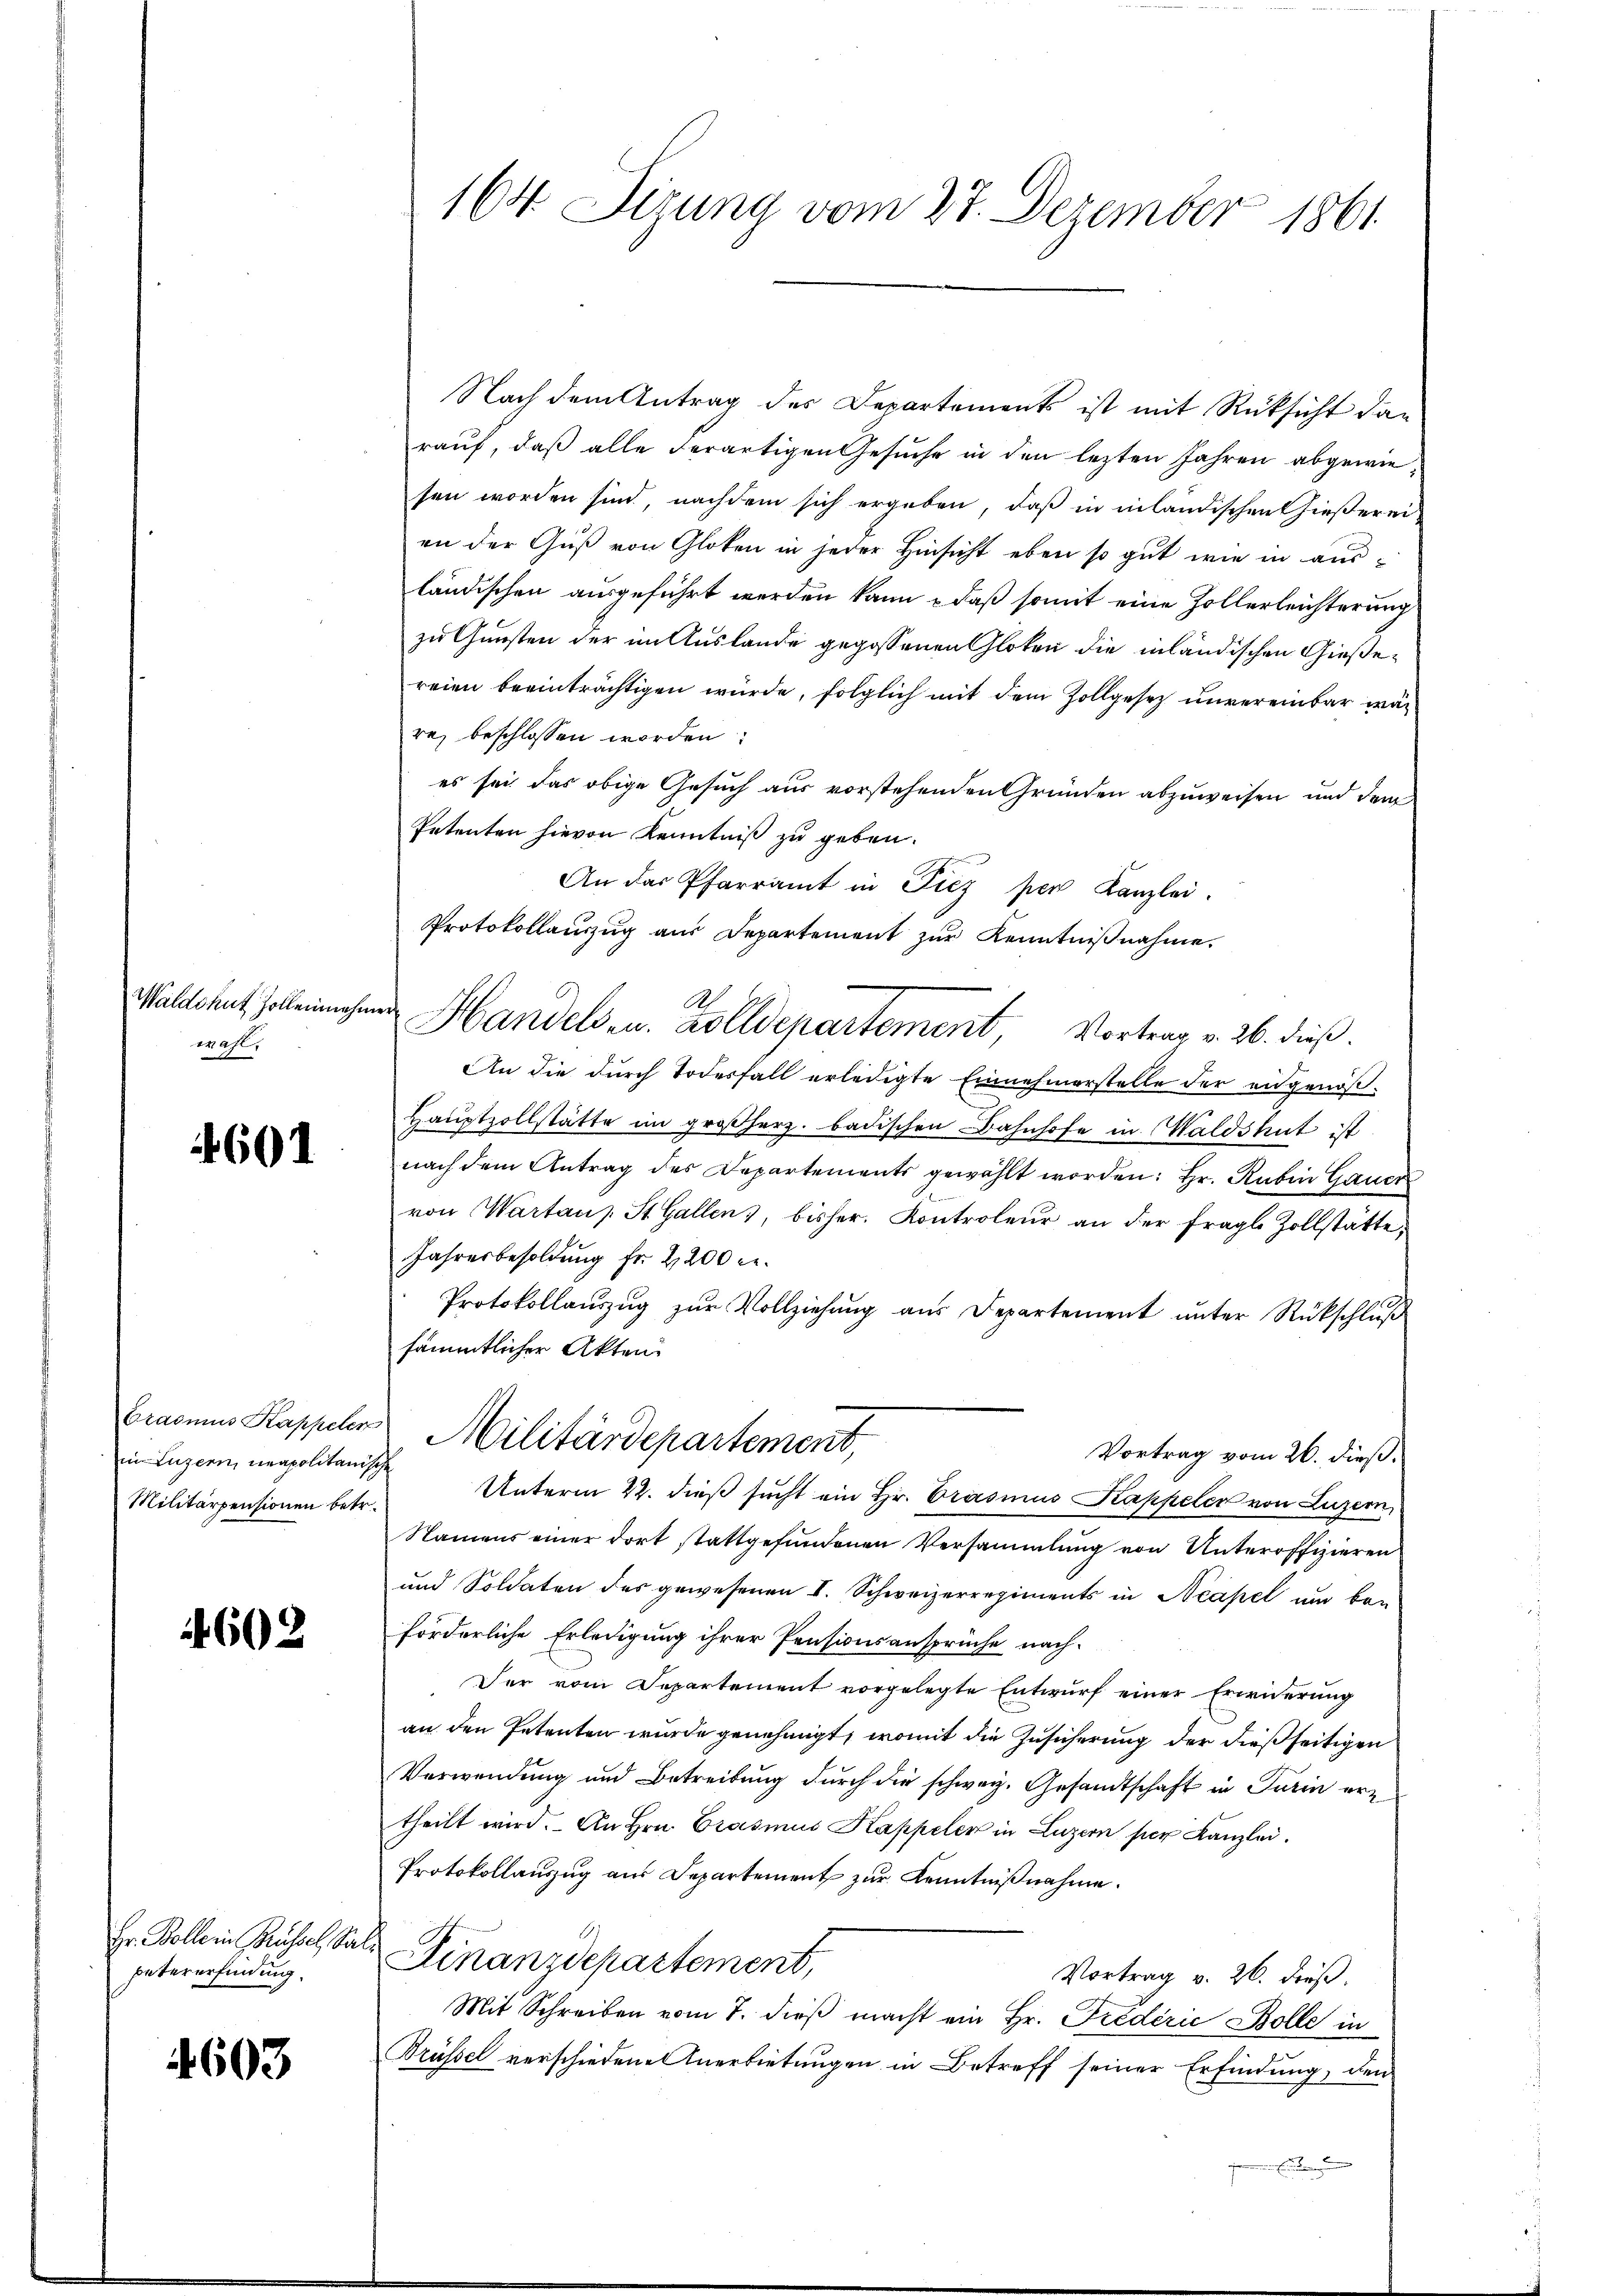
wahl

4601

in Luzern, neapolitanische
Militärpensionen betr.

602

Hr. Bolle in Brüssel Ser
petererfindung.

4603

164. Dirung vom 27. Dezember 1861

Nach dem Antrag des Departements ist mit Rüksicht dan
rauf, daß alle Ferartigen Gesuche in den lezten Jahren abgewiesen worden sind, nachdem sich ergeben, daß in inländischen hießerei-
an der Guß von Gloten in jeder Hinsicht eben so gut wie in ausländischen ausgeführt werden kann, daß somit eine Zollerleichterung
zu Gunsten der im Auslande gegossenen Gloten die inländischen Gießereien beeinträchtigen würde, folglich mit dem Zollgesetz unvereinbar wär
rez beschlossen worden:
es sei das obige Gesuch aus vorstehenden Gründen abzuweisen und dem
Petenten hievon Kenntniß zu geben.
An das Pfarramt in Diez per Kanzlei.
Protokollaŭszŭg aŭs Departement zŭr Kenntniβnahme.
A.
Wälddent Zollenmehrer Handelsen. Zolldepartement, Vortrag v. 26. dieß.
An die durch Todesfall erledigte Einnahmerstelle der angenöß¬
Haŭptzollstätte im großherz. badischen Bahnhofe in Waldshut ist
nach dem Antrag des Departements gewählt worden: Hr. Rubin Gauer
von Wartaus St. Gallen, bisher. Kontroleur an der fragl. Zollstätte,
Jahresbesoldung fr. 2200 c.
Protokollauszug zur Vollziehung aus Departement unter Rückschluß
sämmtlicher Akten.
bradens Kappeler Militärdepartement,
Vortrag vom 26. dieß.
Unterm 22. dieß sucht ein Hr. Grasmus Kappeler von Luzern,
Namens einer dort stattgefundenen Versammlung von Unteroffizieren
und Soldaten des gewesenen S. Schweizerregiments in Neapel um ber
forderliche Erledigung ihrer Pensionsansprüche nach-
Der vom Departement vorgelegte Entwurf einer Erwiderung
an den Petenten wurde genehmigt, womit die Zusicherung der dießseitigen
Verwendung und Betreibung durch die schweiz. Gesandtschaft in Turin ertheilt wird. An Hrn. Grasmus Kappeler in Luzern per Kanzlei.
Protokollauszug aus Departement zur Kenntnißnahme.
h
Finanzdepartement,
Vortrag v. 26. dieß.
Mit Schreiben vom 7. dieβ macht ein Hr. Fredérić Bolle in
Brüssel verschiedene Anerbietungen in Betreff seiner Erfindung, den